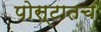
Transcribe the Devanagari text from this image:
पोस्टातच